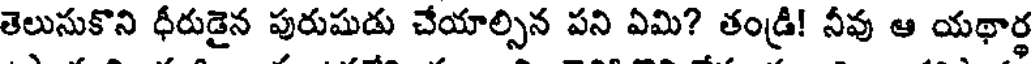
తెలుసుకొని ధీరుడైన పురుషుడు చేయాల్సిన పని ఏమి? తండ్రి! నీవు ఆ యథార్థ